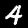
Label: 4